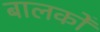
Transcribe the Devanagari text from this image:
बालकोँ